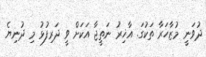
ދުވަނީ މުޒާހަރާ ތަކުގަ. އާޚިރު ނަތީޖާ އަކަށް ވީ ދަރިފުޅު މި ދުނިޔެ